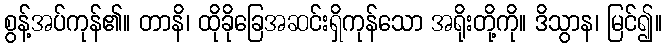
စွန့်အပ်ကုန်၏။ တာနိ၊ ထိုခိုခြေအဆင်းရှိကုန်သော အရိုးတို့ကို။ ဒိသွာန၊ မြင်၍။